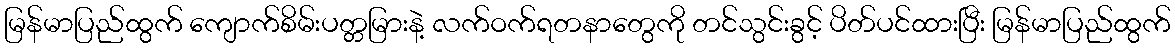
မြန်မာပြည်ထွက် ကျောက်စိမ်းပတ္တမြားနဲ့ လက်ဝက်ရတနာတွေကို တင်သွင်းခွင့် ပိတ်ပင်ထားပြီး မြန်မာပြည်ထွက်